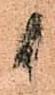
候